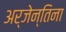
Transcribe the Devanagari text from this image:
अर्जेन्तिना